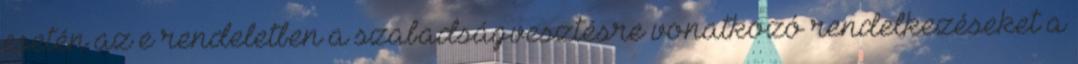
esetén az e rendeletben a szabadságvesztésre vonatkozó rendelkezéseket a